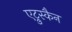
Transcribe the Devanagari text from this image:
एट्रुस्कैन